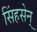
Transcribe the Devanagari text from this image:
सिंहसेन्